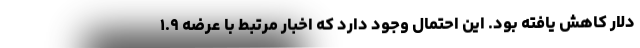
دلار کاهش یافته بود. این احتمال وجود دارد که اخبار مرتبط با عرضه ۱.۹